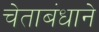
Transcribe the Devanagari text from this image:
चेताबंधाने